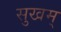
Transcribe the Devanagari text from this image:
सुखम्